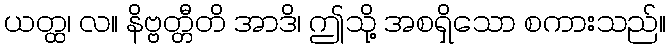
ယတ္ထ၊ လ။ နိဗ္ဗတ္တီတိ အာဒိ၊ ဤသို့ အစရှိသော စကားသည်။